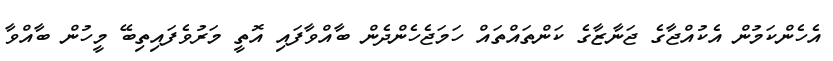
އެހެންކަމުން އެކުއްޖާގެ ޖަނާޒާގެ ކަންތައްތައް ހަމަޖެހެންދެން ބާއްވާފައި އޮތީ މަރުވެފައިތިބޭ މީހުން ބާއްވާ